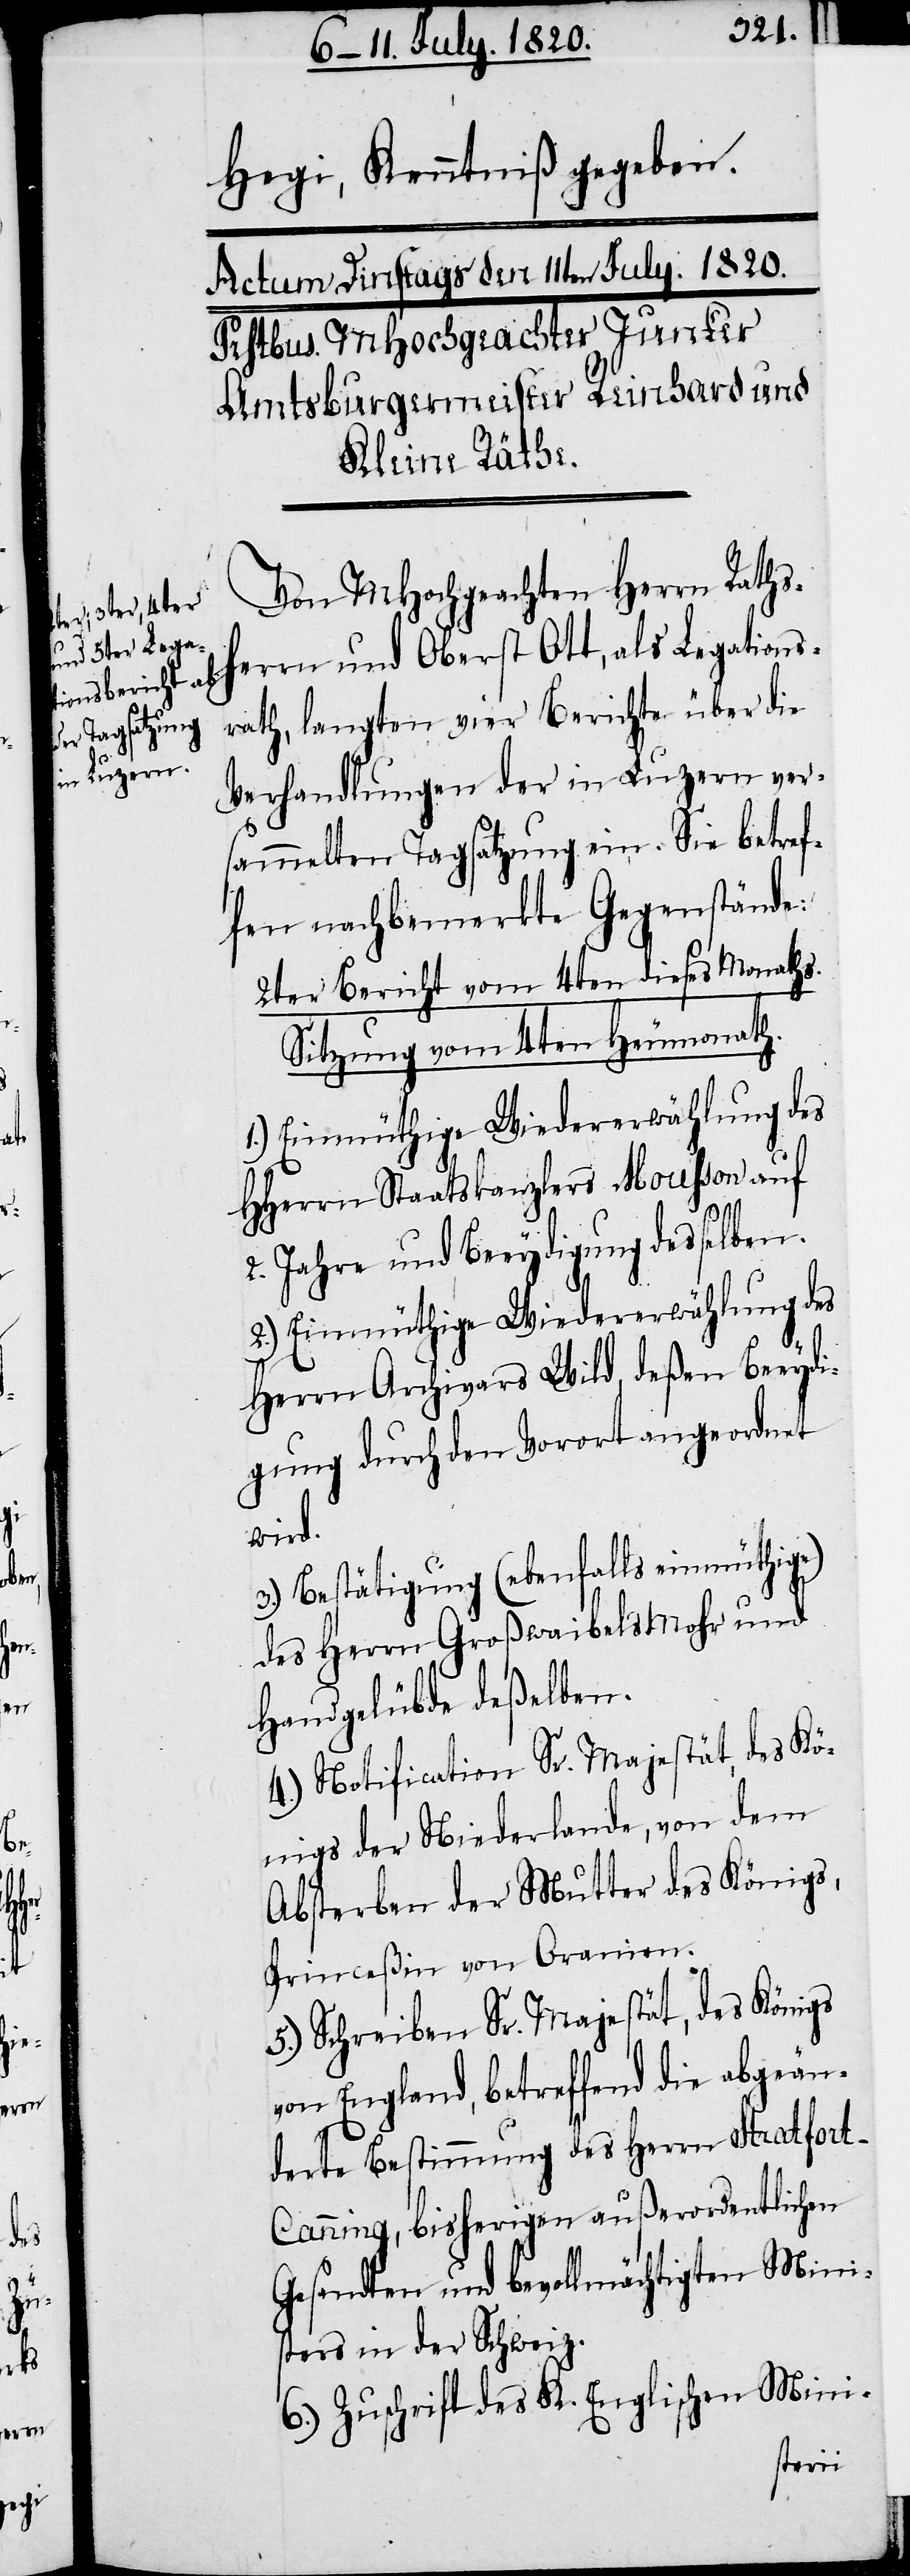
Hegi, Kenntniß gegeben.
Von MHochgeachten Herrn Rath¬
sherrn und Oberst Ott, als Legations¬
rath, langten vier Berichte über die
Verhandlungen der in Luzern ver¬
sammelten Tagsatzung ein. Sie betref¬
fen nachbemerkte Gegenstände.
2ter Bericht vom 4ten dieses Monaths.
Sitzung vom 4ten Heumonath.
HHerrn Staatskanzlers Nouhson auf
2. Jahre und Beeydigung desselben.
2.) Einmüthige Wiedererwählung des
Herrn Archivars Wild, deßen Beeydi¬
gung durch den Vorort geordnet
wird.
3.) Bestätigung (ebenfalls einmüthige)
des Herrn Großwaibels Mohr und
Handgelübte deßelben.
4.) Notification Sr. Majestät, des Kö¬
nigs der Niederlande, von dem
Absterben der Mutter des Königs,
Princeßin von Oranien.
5.) Schreiben Sr. Majestät, des Königs
von England, betreffend die abgeän¬
derte Bestimmung des Herrn Stratfor¬
t-Canning, bisherigen außerordentlichen
Gesandten und bevollmächtigten Mini¬
sters in der Schweiz.
6.) Zuschrift des K. Englischen Mini-